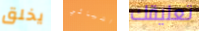
يخلق اشيائي تعليقك